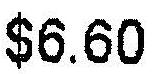
$6.60